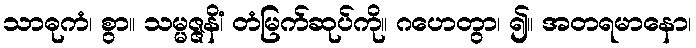
သာဓုကံ၊ စွာ။ သမ္မဇ္ဇနိံ၊ တံမြက်ဆုပ်ကို။ ဂဟေတွာ၊ ၍။ အတရမာနော၊